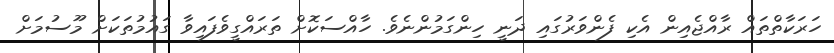
ހަރަކާތްތައް ރާއްޖެއިން އެކި ފެންވަރުގައި ދަނީ ހިންގަމުންނެވެ. ހާއްސަކޮށް ތަރައްގީވެފައިވާ ގައުމުތަކަށް މޫސުމަށް